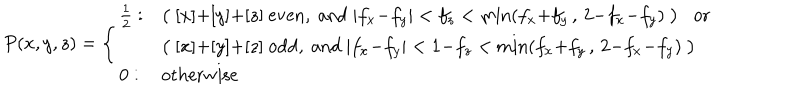
P ( x , y , z ) = \Bigg \{ \begin{array} { l l } { { \frac { 1 } { 2 } : } } & { { \big ( \; [ x ] { + } [ y ] { + } [ z ] \mathrm { ~ e v e n , ~ a n d ~ } | f _ { x } { - } f _ { y } | < f _ { z } < \min ( f _ { x } { + } f _ { y } \, , \, 2 { - } f _ { x } { - } f _ { y } ) \; \big ) \; \; \mathrm { ~ o r } } } \\ { { } } & { { \big ( \; [ x ] { + } [ y ] { + } [ z ] \mathrm { ~ o d d , ~ a n d ~ } | f _ { x } { - } f _ { y } | < 1 { - } f _ { z } < \min ( f _ { x } { + } f _ { y } \, , \, 2 { - } f _ { x } { - } f _ { y } ) \; \big ) } } \\ { { 0 : } } & { { \mathrm { o t h e r w i s e } } } \\ \end{array}